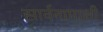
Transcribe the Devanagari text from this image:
सार्वनामाशी